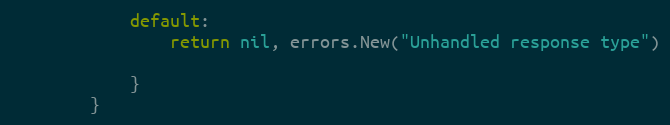
Language: Go
			default:
				return nil, errors.New("Unhandled response type")

			}
		}